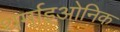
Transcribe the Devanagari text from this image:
थर्माइओनिक